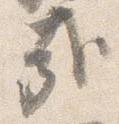
哉